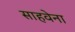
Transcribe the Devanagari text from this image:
साहवेना